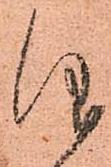
仰